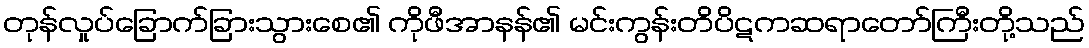
တုန်လှုပ်ခြောက်ခြားသွားစေ၏ ကိုဖီအာနန်၏ မင်းကွန်းတိပိဋကဆရာတော်ကြီးတို့သည်